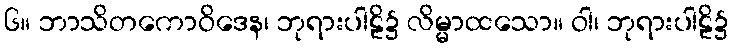
၆။ ဘာသိတကောဝိဒေန၊ ဘုရားပါဠိ၌ လိမ္မာထသော။ ဝါ၊ ဘုရားပါဠိ၌